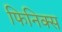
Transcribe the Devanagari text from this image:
फिनिक्‍स